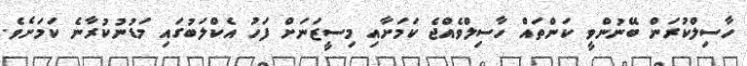
ހާސިލްކުރަން ބޭނުންވީ ކަންތައް ހާސިލްވެއްޖެ ކަމަށާއި މިސީޒަނަށް ފަހު އެކްލަބުގައި މަޑުނުކުރާނެ ކަމަށެވެ.